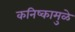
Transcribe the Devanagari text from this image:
कनिष्कामुळे